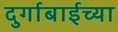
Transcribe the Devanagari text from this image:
दुर्गाबाईच्या